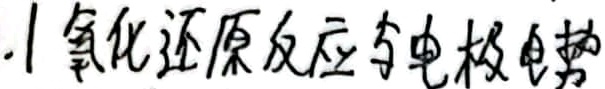
1.1 氧化还原反应与电极电势